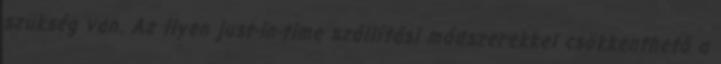
szükség van. Az ilyen just-in-time szállítási módszerekkel csökkenthető a